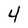
Character: 4